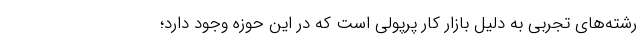
رشته‌های تجربی به‌ دلیل بازار کار پرپولی است که در این حوزه وجود دارد؛